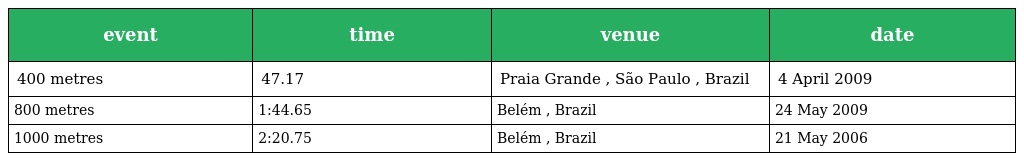
| event | time | venue | date |
 | --- | --- | --- | --- |
 | 400 metres | 47.17 | Praia Grande , São Paulo , Brazil | 4 April 2009 |
 | 800 metres | 1:44.65 | Belém , Brazil | 24 May 2009 |
 | 1000 metres | 2:20.75 | Belém , Brazil | 21 May 2006 |